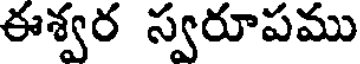
ఈశ్వర స్వరూపము